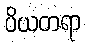
ပိယတရာ